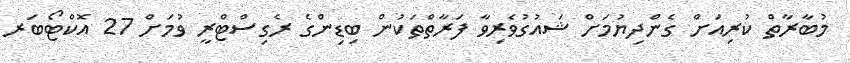
މުބާރާތް ކުރިއަށް ގެންދިޔުމަށް ޝައުގުވެރިވާ ފަރާތްތަކުން ބިޑިންގެ ރެގިސްޓްރީ ވުމަށް 27 އޮކްޓޯބަރ